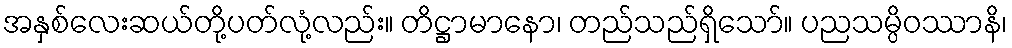
အနှစ်လေးဆယ်တို့ပတ်လုံ့လည်း။ တိဋ္ဌာမာနော၊ တည်သည်ရှိသော်။ ပညသမ္ပိဝဿာနိ၊